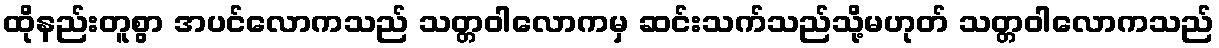
ထိုနည်းတူစွာ အပင်လောကသည် သတ္တဝါလောကမှ ဆင်းသက်သည်သို့မဟုတ် သတ္တဝါလောကသည်